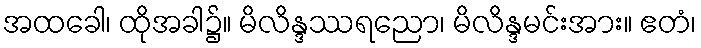
အထခေါ၊ ထိုအခါ၌။ မိလိန္ဒဿရညော၊ မိလိန္ဒမင်းအား။ ဧတံ၊